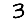
Digit: 3